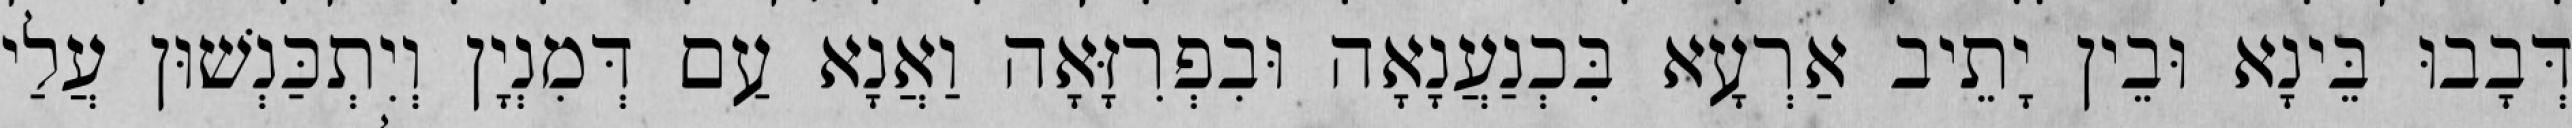
דְּבָבוּ בֵּינָא וּבֵין יָתֵיב אַרְעָא בִּכְנַעֲנָאָה וּבִפְרִזָּאָה וַאֲנָא עַם דְּמִנְיָן וְיִתְכַּנְשׁוּן עֲלַי